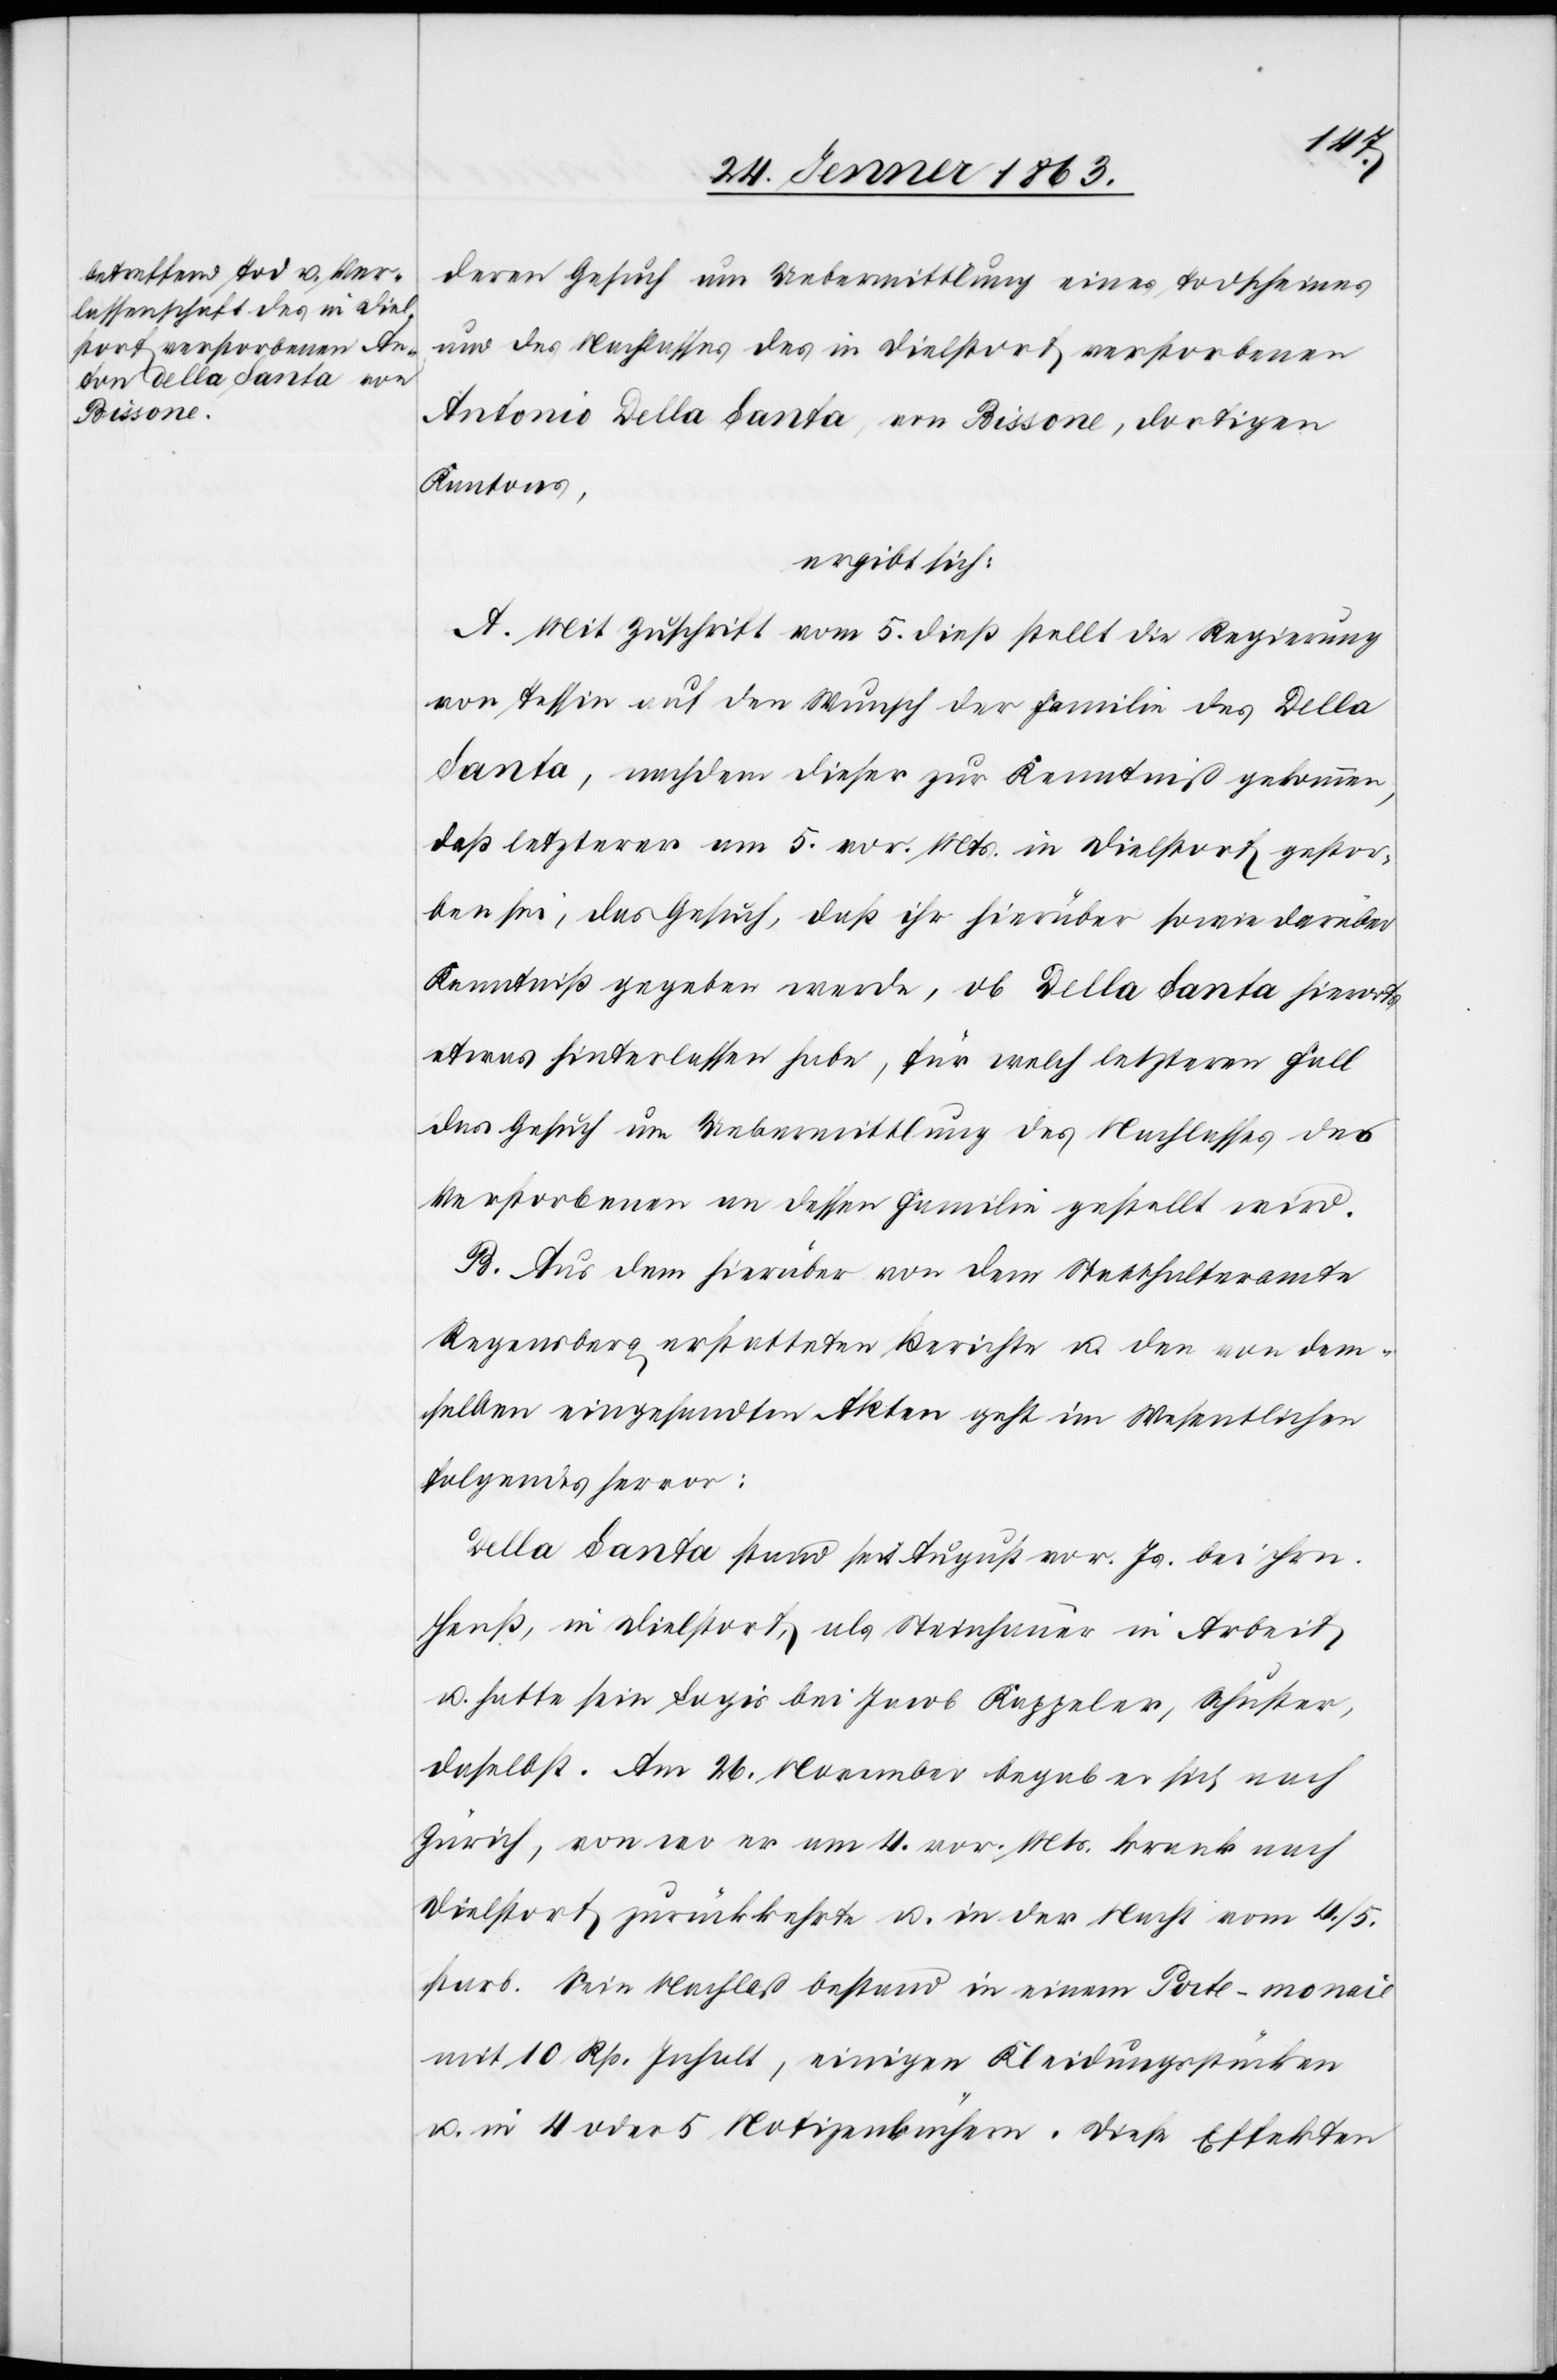
deren Gesuch um Uebermittlung eines Todscheines
und des Nachlasses des in Dielstorf verstorbenen
Antonio Della Santa [sic!], von Bissone, dortigen
Kantons,
ergibt sich:
A. Mit Zuschrift vom 5. dieß stellt die Regierung
von Tessin auf den Wunsch der Familie des Della
Santa, nachdem dieser zur Kenntniß gekommen,
daß letzterer am 5. vor. Mts. in Dielstorf gestor¬
ben sei, das Gesuch, daß ihr hierüber sowie darüber
Kenntniß gegeben werde, ob Della Santa hierorts
etwas hinterlassen habe, für welch letzteren Fall
das Gesuch um Uebermittlung des Nachlasses des
Verstorbenen an dessen Familie gestellt wird.
B. Aus dem hierüber von dem Statthalteramte
Regensberg erstatteten Berichte u. den von dem¬
selben eingesandten Akten geht im Wesentlichen
folgendes hervor:
Della Santa stand seit August vor. Js. bei Hrn.
Heuß, in Dielstorf, als Steinhauer in Arbeit
u. hatte sein Logis bei Jacob Kappeler, Schuster,
daselbst. Am 26. November begab er sich nach
Zürich, von wo er am 4. vor. Mts. krank nach
Dielstorf zurückkehrte u. in der Nacht vom 4./5
starb. Sein Nachlaß bestand in einem Porte-monaie
mit 10 Rp. Inhalt, einigen Kleidungsstücken
u. in 4 oder 5 Notizenbüchern. Diese Effekten